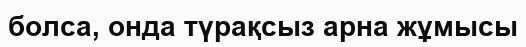
болса, онда түрақсыз арна жұмысы